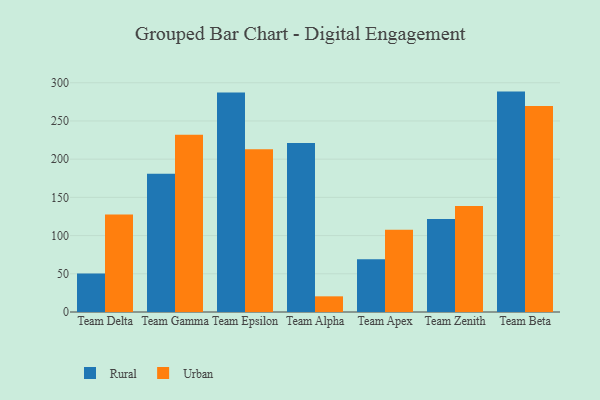
{"axis": {"x": "Team", "y": "Market Share (%)"}, "legend": ["Rural", "Urban"], "data": [{"x": "Team Delta", "y": 50.5, "type": "Rural"}, {"x": "Team Delta", "y": 127.5, "type": "Urban"}, {"x": "Team Gamma", "y": 181.0, "type": "Rural"}, {"x": "Team Gamma", "y": 232.1, "type": "Urban"}, {"x": "Team Epsilon", "y": 287.3, "type": "Rural"}, {"x": "Team Epsilon", "y": 213.0, "type": "Urban"}, {"x": "Team Alpha", "y": 221.0, "type": "Rural"}, {"x": "Team Alpha", "y": 20.5, "type": "Urban"}, {"x": "Team Apex", "y": 69.1, "type": "Rural"}, {"x": "Team Apex", "y": 107.6, "type": "Urban"}, {"x": "Team Zenith", "y": 121.6, "type": "Rural"}, {"x": "Team Zenith", "y": 138.7, "type": "Urban"}, {"x": "Team Beta", "y": 288.4, "type": "Rural"}, {"x": "Team Beta", "y": 269.7, "type": "Urban"}]}